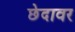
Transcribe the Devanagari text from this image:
छेदावर